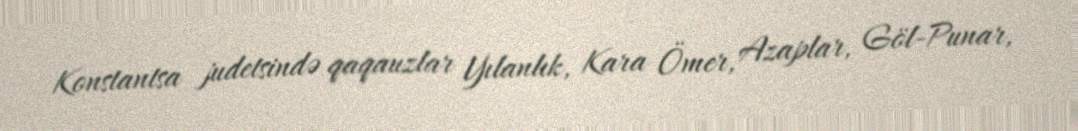
Konstantsa judetsində qaqauzlar Yılanlık, Kara Ömer, Azaplar, Göl-Punar,